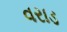
વરાડ